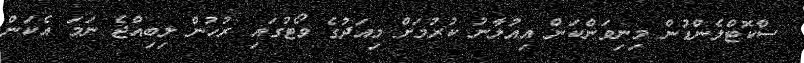
ސްކޮޓްލެންޑުން މިނިވަންކަން އިއުލާނު ކުރުމަށް މިއަދުގެ ވޯޓުގައި ރުހުން ލިބިއްޖެ ނަމަ އެކަން